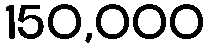
150,000